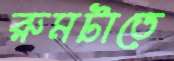
রুমটাতে